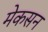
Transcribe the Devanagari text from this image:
मेकसन